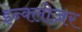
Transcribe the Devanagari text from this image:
इन्क्लोज़र